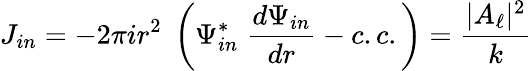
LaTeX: J_{in}=-2\pi ir^{2}\; \left(\Psi_{in}^{\ast}\; {\frac{d\Psi_{in}}{dr}}-c.c.\right)={\frac{|A_{\ell}|^{2}}{k}}